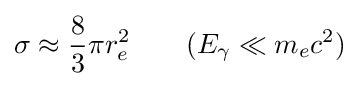
\sigma \approx {\frac {8}{3}}\pi r_{e}^{2}\qquad (E_{\gamma }\ll m_{e}c^{2})